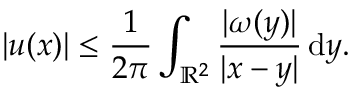
| u ( x ) | \leq \frac { 1 } { 2 \pi } \int _ { \mathbb { R } ^ { 2 } } \frac { | \omega ( y ) | } { | x - y | } \, \mathrm { d } y .